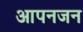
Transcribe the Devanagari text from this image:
आपनजन